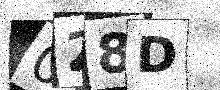
Text: 028D